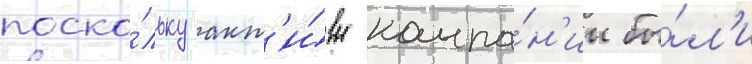
поско́льку акт'и́вы компа́н'ии бы́л'и